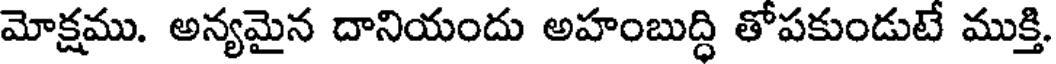
మోక్షము. అన్యమైన దానియందు అహంబుద్ధి తోపకుండుటే ముక్తి